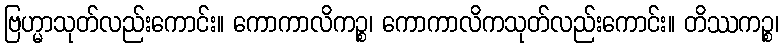
ဗြဟ္မာသုတ်လည်းကောင်း။ ကောကာလိကဉ္စ၊ ကောကာလိကသုတ်လည်းကောင်း။ တိဿကဉ္စ၊